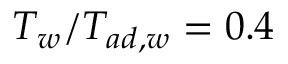
T _ { w } / T _ { a d , w } = 0 . 4